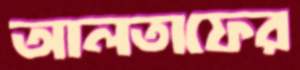
আলতাফের